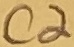
Text: C2